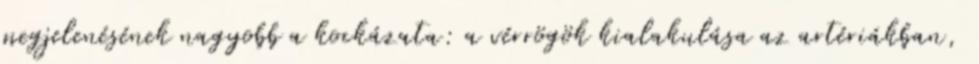
megjelenésének nagyobb a kockázata: a vérrögök kialakulása az artériákban,